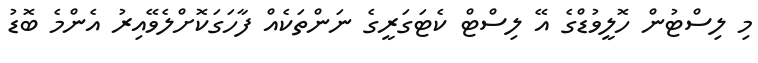
މި ލިސްޓުން ހޮލީވުޑްގެ އޭ ލިސްޓް ކެޓަގަރީގެ ނަންތަކެއް ފާހަގަކޮށްލެވޭއިރު އެންމެ ބޮޑު